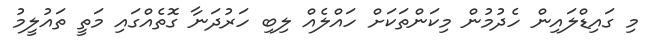
މި ގައިޑްލައިން ހެދުމުން މިކަންތަކަށް ހައްލެއް ލިބި ހަރުދަނާ ގޮތެއްގައި މަތީ ތައުލީމު